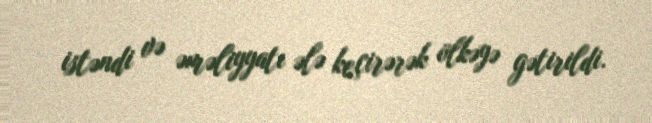
istəndi və əməliyyatı ələ keçirərək ölkəyə gətirildi.